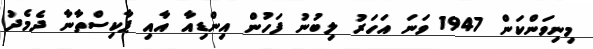
މިނިވަންކަން 1947 ވަނަ އަހަރު ލިބުނު ފަހުން އިންޑިއާ އާއި ޕާކިސްތާނާ ދެމެދު